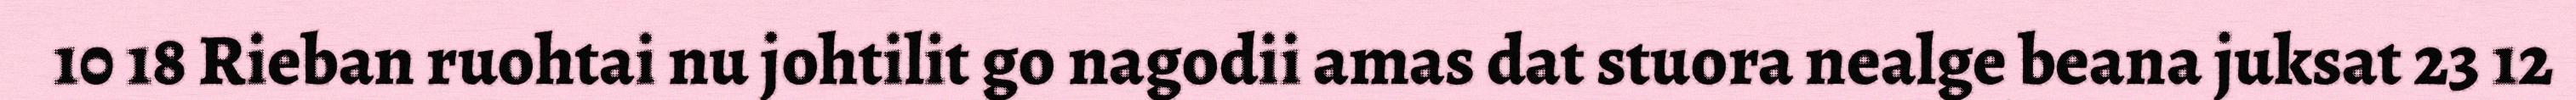
10 18 Rieban ruohtai nu johtilit go nagodii amas dat stuora nealge beana juksat 23 12